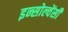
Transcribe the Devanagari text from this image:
इन्सोल्वेंसी